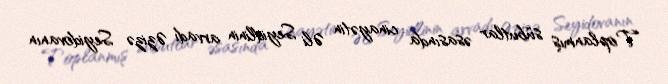
Toplanmış sübutlar əsasında cinayətin Əli Seyidlinin arvadı Əzizə Seyidovanın